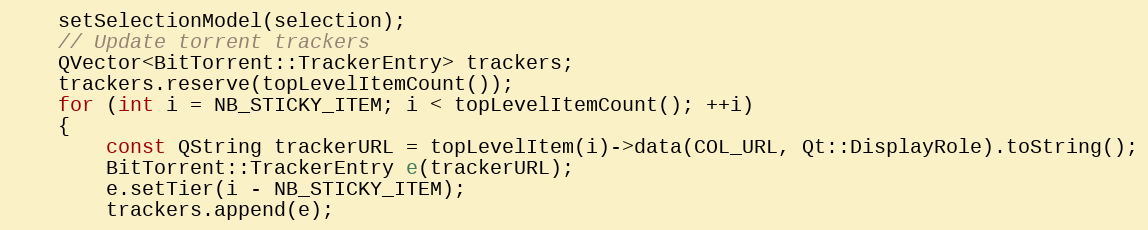
Language: C++
    setSelectionModel(selection);
    // Update torrent trackers
    QVector<BitTorrent::TrackerEntry> trackers;
    trackers.reserve(topLevelItemCount());
    for (int i = NB_STICKY_ITEM; i < topLevelItemCount(); ++i)
    {
        const QString trackerURL = topLevelItem(i)->data(COL_URL, Qt::DisplayRole).toString();
        BitTorrent::TrackerEntry e(trackerURL);
        e.setTier(i - NB_STICKY_ITEM);
        trackers.append(e);